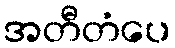
အတီတံပေ